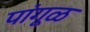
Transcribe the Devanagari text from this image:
पांगूळ